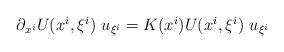
LaTeX: \begin{align*} \begin{array}{ll} \partial_{x^i} U(x^i, \xi^i)~u_{\xi^i} = K(x^i) U(x^i,\xi^i) ~u_{\xi^i} \end{array} \end{align*}